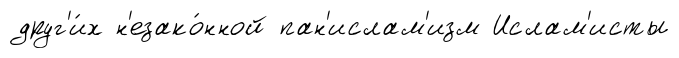
друг'и́х н'езако́нной пан'ислам'изм Ислам'исты